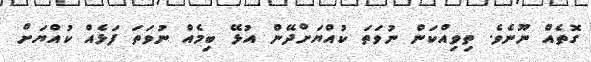
ގޮތެއް ނޫނެވެ. ތިވިއްކަން ނުވަތަ ކުއްޔަށްދޭން އުޅޭ ބިމެއް ނުވަތަ ފަޅެއް ކުއްޔަށް